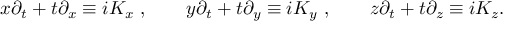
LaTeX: x \partial _ { t } + t \partial _ { x } \equiv i K _ { x } ~ , \qquad y \partial _ { t } + t \partial _ { y } \equiv i K _ { y } ~ , \qquad z \partial _ { t } + t \partial _ { z } \equiv i K _ { z } .